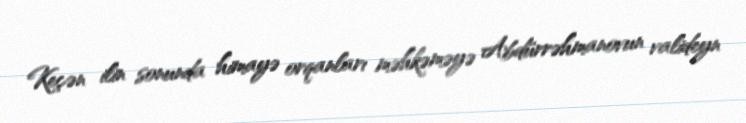
Keçən ilin sonunda himayə orqanları məhkəməyə Abdürrəhmanovun valideyn